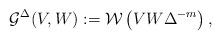
LaTeX: \begin{align*}\mathcal{G}^{\Delta}(V,W) := \mathcal{W}\left ( VW \Delta ^{-m}\right ),\end{align*}